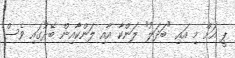
ޕީ އަށް މި އައި "ބަދަލު" ލަންކާ އާއި ލަންކާއިން ބޭރުގައި ވެސް